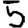
Digit: 5